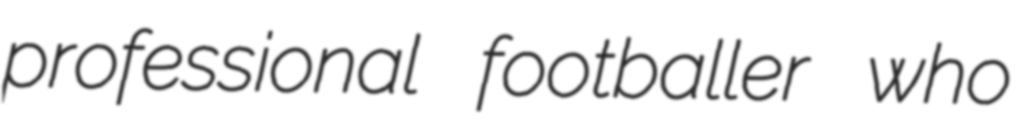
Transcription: professional footballer who